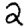
Digit: 2